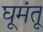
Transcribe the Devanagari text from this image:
घूमंतू